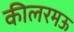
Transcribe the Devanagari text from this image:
कीलरमऊ